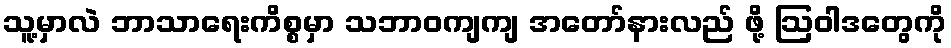
သူ့မှာလဲ ဘာသာရေးကိစ္စမှာ သဘာဝကျကျ အတော်နားလည် ဖို့ ဩဝါဒတွေကို